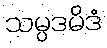
သမ္ပဒမိဒံ